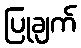
ပြုချက်